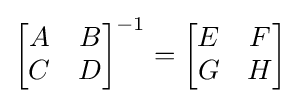
{\begin{bmatrix}A&B\\C&D\end{bmatrix}}^{-1}={\begin{bmatrix}E&F\\G&H\end{bmatrix}}